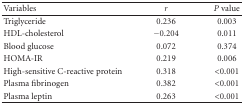
<table><thead><tr><td><b>Variables</b></td><td><b><i>r</i></b></td><td><b><i>P</i> value</b></td></tr></thead><tbody><tr><td>Triglyceride</td><td>0.236</td><td>0.003</td></tr><tr><td>HDL-cholesterol</td><td>−0.204</td><td>0.011</td></tr><tr><td>Blood glucose</td><td>0.072</td><td>0.374</td></tr><tr><td>HOMA-IR</td><td>0.219</td><td>0.006</td></tr><tr><td>High-sensitive C-reactive protein</td><td>0.318</td><td>&lt;0.001</td></tr><tr><td>Plasma fibrinogen</td><td>0.382</td><td>&lt;0.001</td></tr><tr><td>Plasma leptin</td><td>0.263</td><td>&lt;0.001</td></tr></tbody></table>